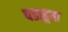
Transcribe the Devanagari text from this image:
पडाहुवा